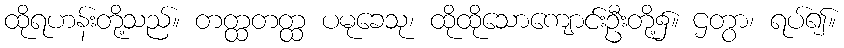
ထိုရဟန်းတို့သည်။ တတ္ထတတ္ထ ပမုခေသု၊ ထိုထိုသောကျောင်းဦးတို့၌။ ဌတွာ၊ ရပ်၍။